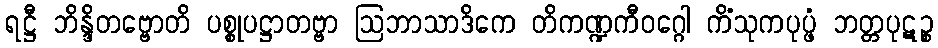
ရဋ္ဌီ ဘိန္ဒိတဗ္ဗောတိ ပစ္စုပဋ္ဌာတဗ္ဗာ ဩဘာသာဒိကေ တိကဏ္ဍကီဝဂ္ဂေါ ကိံသုကပုပ္ဖံ ဘတ္တပုဋဉ္စ